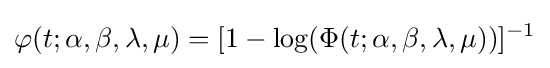
\varphi (t;\alpha ,\beta ,\lambda ,\mu )=[1-\log(\Phi (t;\alpha ,\beta ,\lambda ,\mu ))]^{-1}